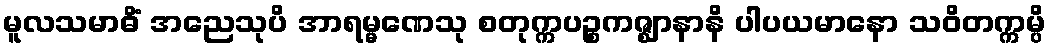
မူလသမာဓိံ အညေသုပိ အာရမ္မဏေသု စတုက္ကပဉ္စကဇ္ဈာနာနိ ပါပယမာနော သဝိတက္ကမ္ပိ